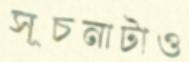
সূচনাটাও